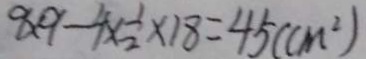
9 \times 9 - 4 \times \frac { 1 } { 2 } \times 1 8 = 4 5 ( c m ^ { 2 } )